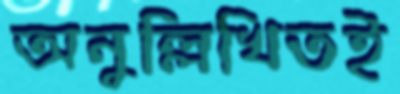
অনুল্লিখিতই